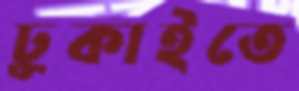
ঢুকাইতে